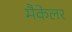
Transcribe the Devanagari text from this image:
मैकेलर